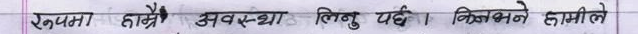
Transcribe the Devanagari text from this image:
रेक्नपमा हाल्ने अवस्था लिनु पर्छ। किनभने हामीले